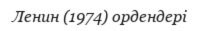
Ленин (1974) ордендері